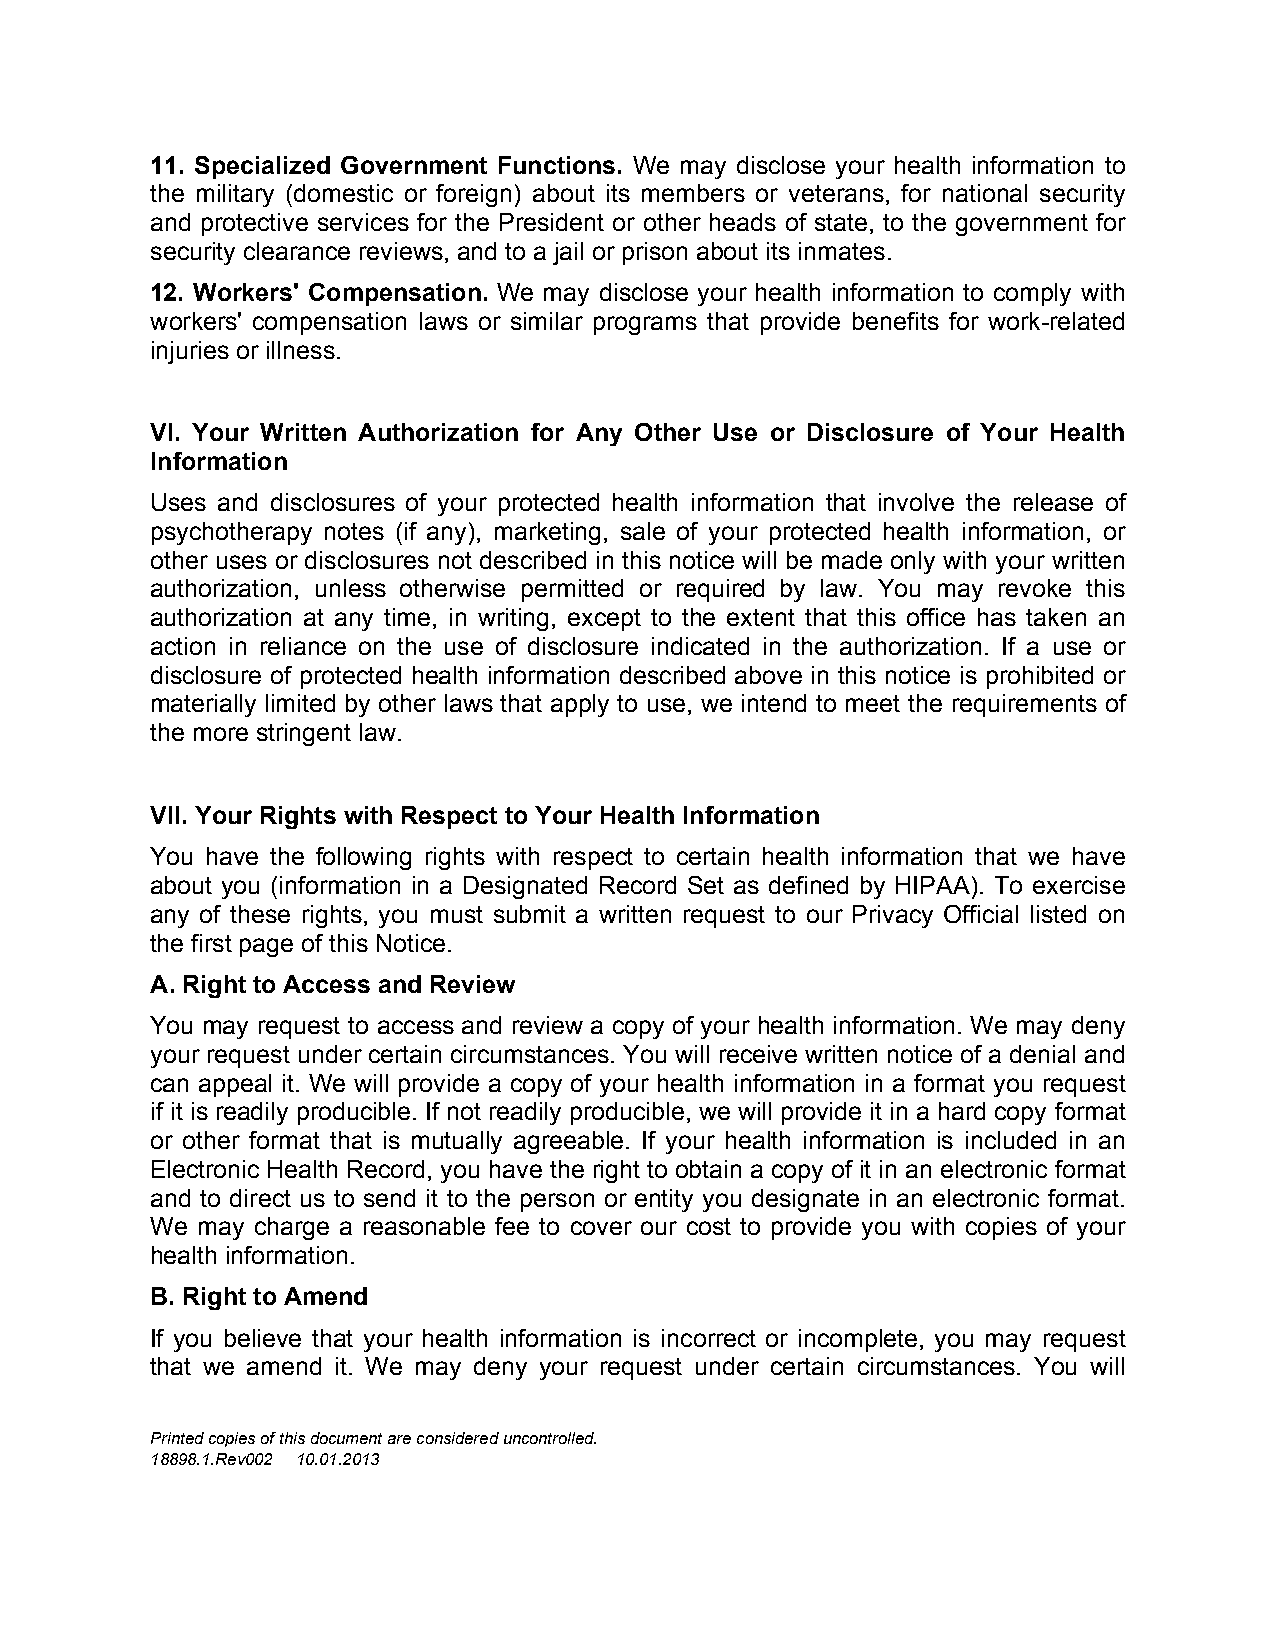
11. Specialized Government Functions. We may disclose your health information to
 the military (domestic or foreign) about its members or veterans, for national security
 and protective services for the President or other heads of state, to the government for
 security clearance reviews, and to a jail or prison about its inmates.
 12. Workers' Compensation. We may disclose your health information to comply with
 workers' compensation laws or similar programs that provide benefits for work-related
 injuries or illness.
 VI. Your Written Authorization for Any Other Use or Disclosure of Your Health
 Information
 Uses and disclosures of your protected health information that involve the release of
 psychotherapy notes (if any), marketing, sale of your protected health information, or
 other uses or disclosures not described in this notice will be made only with your written
 authorization, unless otherwise permitted or required by law. You may revoke this
 authorization at any time, in writing, except to the extent that this office has taken an
 action in reliance on the use of disclosure indicated in the authorization. If a use or
 disclosure of protected health information described above in this notice is prohibited or
 materially limited by other laws that apply to use, we intend to meet the requirements of
 the more stringent law.
 VII. Your Rights with Respect to Your Health Information
 You have the following rights with respect to certain health information that we have
 about you (information in a Designated Record Set as defined by HIPAA). To exercise
 any of these rights, you must submit a written request to our Privacy Official listed on
 the first page of this Notice.
 A. Right to Access and Review
 You may request to access and review a copy of your health information. We may deny
 your request under certain circumstances. You will receive written notice of a denial and
 can appeal it. We will provide a copy of your health information in a format you request
 if it is readily producible. If not readily producible, we will provide it in a hard copy format
 or other format that is mutually agreeable. If your health information is included in an
 Electronic Health Record, you have the right to obtain a copy of it in an electronic format
 and to direct us to send it to the person or entity you designate in an electronic format.
 We may charge a reasonable fee to cover our cost to provide you with copies of your
 health information.
 B. Right to Amend
 If you believe that your health information is incorrect or incomplete, you may request
 that we amend it. We may deny your request under certain circumstances. You will
 Printed copies of this document are considered uncontrolled.
 18898.1.Rev002 10.01.2013